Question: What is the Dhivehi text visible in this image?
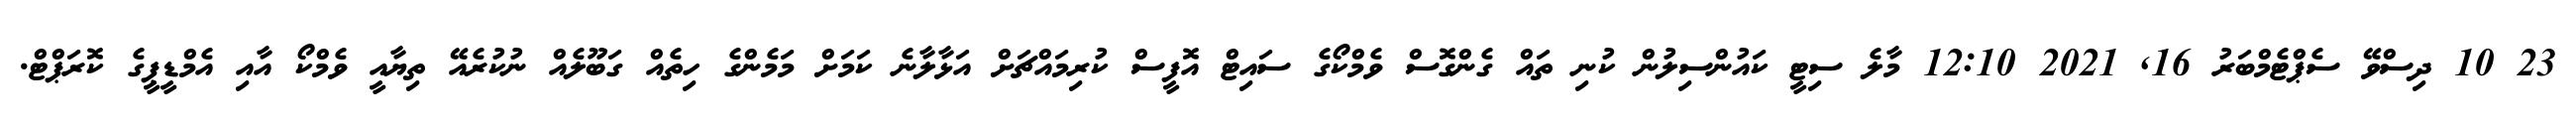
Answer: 23 10 ދިސްވޭ ސެޕްޓެމްބަރު 16, 2021 12:10 މާލެ ސިޓީ ކައުންސިލުން ކުނި ތައް ގެންގޮސް ވެމްކޯގެ ސައިޓް އޮފީސް ކުރިމައްޗަށް އަޅާލާނެ ކަމަށް މަމެންގެ ހިތެއް ގަބޫލެއް ނުކުރެއޭ ތިޔާއީ ވެމްކޯ އާއި އެމްޑީޕީގެ ކޮރަޕްޓް.